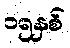
၁၅နှစ်